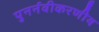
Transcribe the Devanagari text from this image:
पुनर्नवीकरणीय